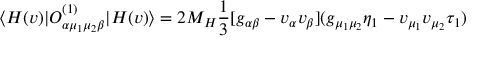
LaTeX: \langle H ( v ) | { \cal O } _ { \alpha \mu _ { 1 } \mu _ { 2 } \beta } ^ { ( 1 ) } | H ( v ) \rangle = 2 M _ { H } \frac { 1 } { 3 } [ g _ { \alpha \beta } - v _ { \alpha } v _ { \beta } ] ( g _ { \mu _ { 1 } \mu _ { 2 } } \eta _ { 1 } - v _ { \mu _ { 1 } } v _ { \mu _ { 2 } } \tau _ { 1 } )